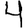
Digit: 4